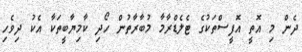
ދެން މި އޮތީ އޮފީސްތަކުގެ ޓެލެޑްރާމާ މުބާރާތުން ހޯދި ކާމިޔާބީތަކާ އެކު ދިވެހި